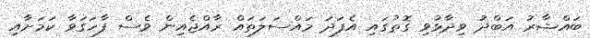
ބައްޝާރު އަބްދު ވިދާޅުވި ގޮތުގައި އެފަދަ މައްސަލަތައް ރާއްޖެއިން ވެސް ފާހަގަވާ ކަމަށާއި